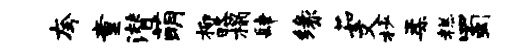
夸童潜萌柳略榻肆缘茹文杪柔糕蜀